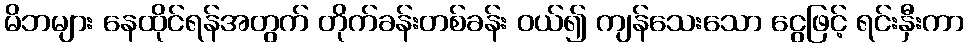
မိဘများ နေထိုင်ရန်အတွက် တိုက်ခန်းတစ်ခန်း ဝယ်၍ ကျန်သေးသော ငွေဖြင့် ရင်းနှီးကာ